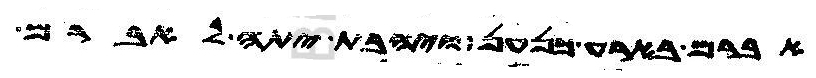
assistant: אברם בארע כנען ויהבת יתה לאברם